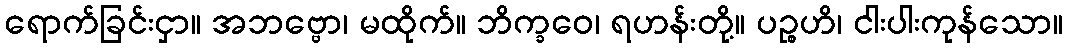
ရောက်ခြင်းငှာ။ အဘဗ္ဗော၊ မထိုက်။ ဘိက္ခဝေ၊ ရဟန်းတို့။ ပဉ္စဟိ၊ ငါးပါးကုန်သော။